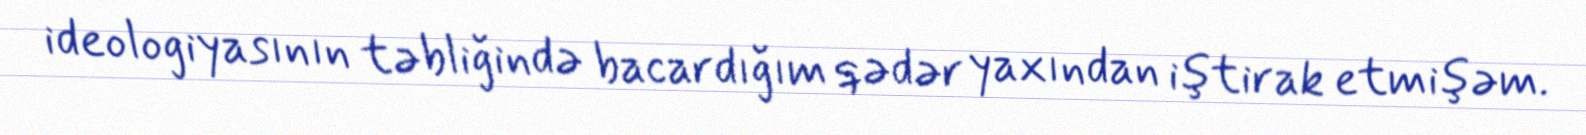
ideologiyasının təbliğində bacardığım qədər yaxından iştirak etmişəm.